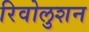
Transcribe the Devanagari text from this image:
रिवोलुशन